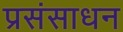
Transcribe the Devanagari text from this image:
प्रसंसाधन